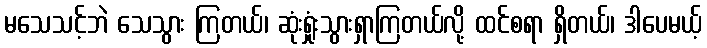
မသေသင့်ဘဲ သေသွား ကြတယ်၊ ဆုံးရှုံးသွားရှာကြတယ်လို့ ထင်စရာ ရှိတယ်၊ ဒါပေမယ့်